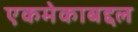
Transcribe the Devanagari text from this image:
एकमेकाबद्दल